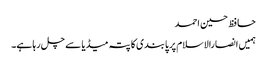
حافظ حسین احمد
ہمیں انصارالاسلام پر پابندی کا پتہ میڈیا سے چل رہا ہے۔